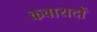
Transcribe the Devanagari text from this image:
कवायदों